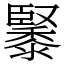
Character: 䵖